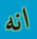
انه